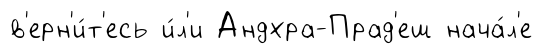
в'ерн'и́т'есь и́л'и Андхра-Прад'еш нача́л'е